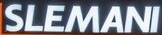
SLEMANI